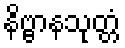
နိဗ္ဗာနသုတ္တံ